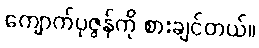
ကျောက်ပုဇွန်ကို စားချင်တယ်။